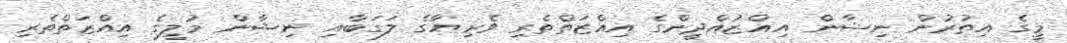
މީގެ އިތުރުން ނިޝާން އިއްޒުއްދީންގެ އިއްޒަތްތެރި ވެރިޔާގެ ލަގަބާއި ނިޝާން މުލީގެ އިއްޒަތްތެރި